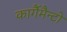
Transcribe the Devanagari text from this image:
कार्गैमैन्टो